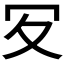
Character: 𠕸